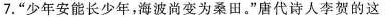
7.”少年安能长少年，海波尚变为桑田。”唐代诗人李贺的这